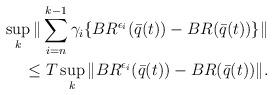
LaTeX: \begin{align*}\sup\limits_{k} \|\sum\limits_{i=n}^{k-1}\gamma_i \{BR^{\epsilon_i}(\bar q(t)) - BR(\bar q(t))\}\|\\\leq T\sup\limits_{k} \|BR^{\epsilon_i}(\bar q(t)) - BR(\bar q(t))\|.\end{align*}